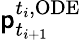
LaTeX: \mathsf{p}_{t_{i+1}}^{t_{i},\mathrm{{ODE}}}